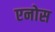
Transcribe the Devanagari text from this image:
एनोस